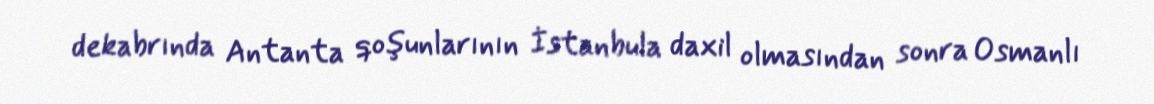
dekabrında Antanta qoşunlarının İstanbula daxil olmasından sonra Osmanlı